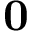
\mathbf { 0 }